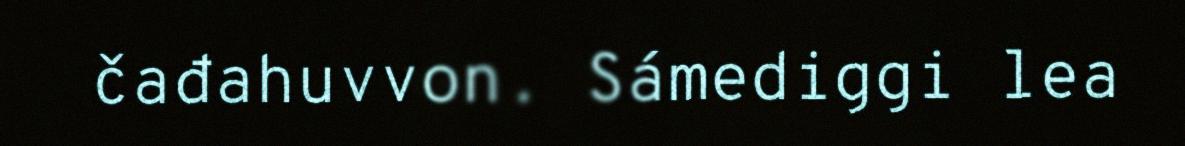
čađahuvvon. Sámediggi lea